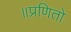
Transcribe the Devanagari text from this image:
॥प्रणितो